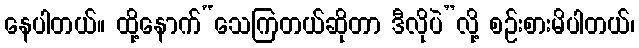
နေပါတယ်။ ထို့နောက်“သေကြတယ်ဆိုတာ ဒီလိုပဲ”လို့ စဉ်းစားမိပါတယ်၊